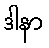
ဒါနာ